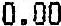
0.00